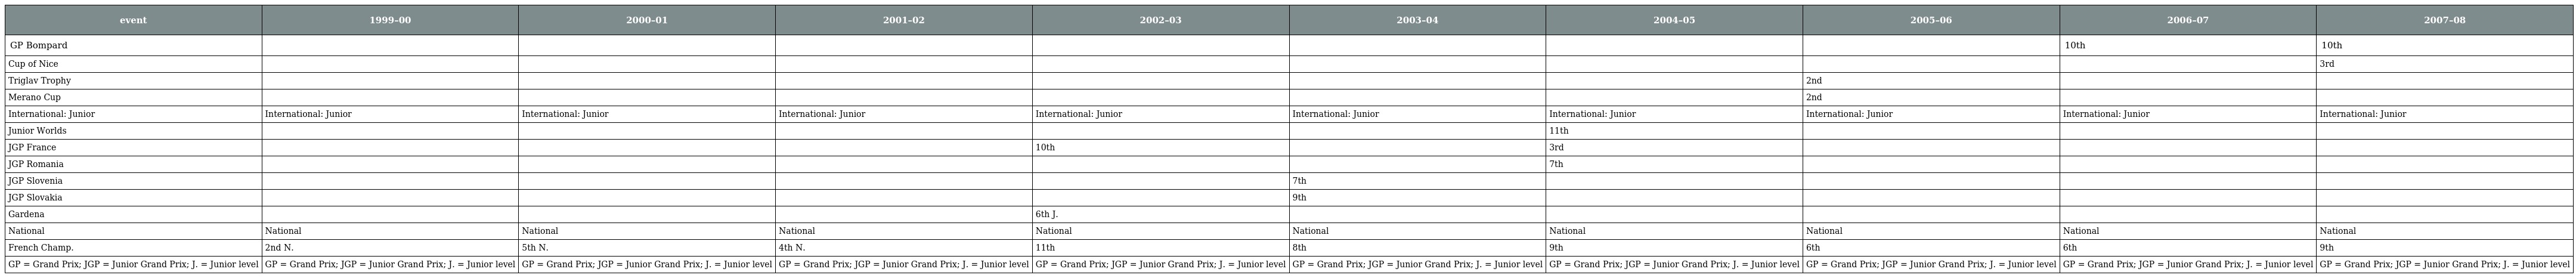
| event | 1999–00 | 2000–01 | 2001–02 | 2002–03 | 2003–04 | 2004–05 | 2005–06 | 2006–07 | 2007–08 |
 | --- | --- | --- | --- | --- | --- | --- | --- | --- | --- |
 | GP Bompard |  |  |  |  |  |  |  | 10th | 10th |
 | Cup of Nice |  |  |  |  |  |  |  |  | 3rd |
 | Triglav Trophy |  |  |  |  |  |  | 2nd |  |  |
 | Merano Cup |  |  |  |  |  |  | 2nd |  |  |
 | International: Junior | International: Junior | International: Junior | International: Junior | International: Junior | International: Junior | International: Junior | International: Junior | International: Junior | International: Junior |
 | Junior Worlds |  |  |  |  |  | 11th |  |  |  |
 | JGP France |  |  |  | 10th |  | 3rd |  |  |  |
 | JGP Romania |  |  |  |  |  | 7th |  |  |  |
 | JGP Slovenia |  |  |  |  | 7th |  |  |  |  |
 | JGP Slovakia |  |  |  |  | 9th |  |  |  |  |
 | Gardena |  |  |  | 6th J. |  |  |  |  |  |
 | National | National | National | National | National | National | National | National | National | National |
 | French Champ. | 2nd N. | 5th N. | 4th N. | 11th | 8th | 9th | 6th | 6th | 9th |
 | GP = Grand Prix; JGP = Junior Grand Prix; J. = Junior level | GP = Grand Prix; JGP = Junior Grand Prix; J. = Junior level | GP = Grand Prix; JGP = Junior Grand Prix; J. = Junior level | GP = Grand Prix; JGP = Junior Grand Prix; J. = Junior level | GP = Grand Prix; JGP = Junior Grand Prix; J. = Junior level | GP = Grand Prix; JGP = Junior Grand Prix; J. = Junior level | GP = Grand Prix; JGP = Junior Grand Prix; J. = Junior level | GP = Grand Prix; JGP = Junior Grand Prix; J. = Junior level | GP = Grand Prix; JGP = Junior Grand Prix; J. = Junior level | GP = Grand Prix; JGP = Junior Grand Prix; J. = Junior level |